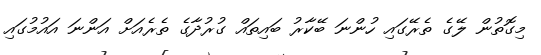
މިގޮތުން ލޭގެ ތެރޭގައި ހުންނަ ބޭކާރު ބައިތައް ގުރުދާގެ ތެރެއަށް އަންނަ އައުމުގައި